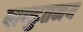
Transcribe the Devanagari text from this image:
पाण्डुतनय